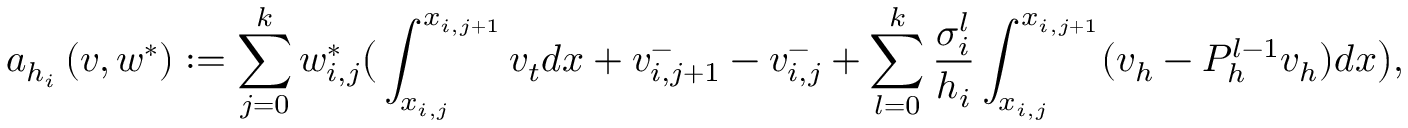
a _ { h _ { i } } \left( v , w ^ { * } \right) : = \sum _ { j = 0 } ^ { k } w _ { i , j } ^ { * } \big ( \int _ { x _ { i , j } } ^ { x _ { i , j + 1 } } v _ { t } d x + v _ { i , j + 1 } ^ { - } - v _ { i , j } ^ { - } + \displaystyle \sum _ { l = 0 } ^ { k } \frac { \sigma _ { i } ^ { l } } { h _ { i } } \int _ { x _ { i , j } } ^ { x _ { i , j + 1 } } ( v _ { h } - P _ { h } ^ { l - 1 } v _ { h } ) d x \big ) ,